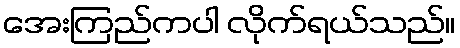
အေးကြည်ကပါ လိုက်ရယ်သည်။